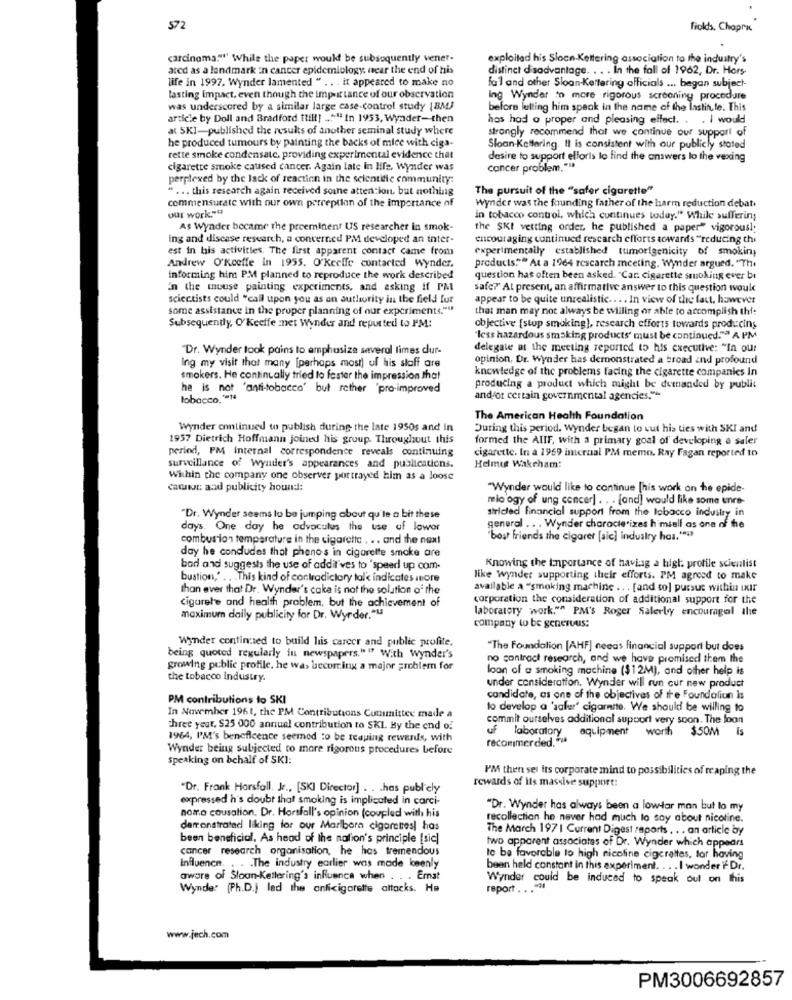
572
Fiolds, Chaprx
carcinoma."" While the paper would be subsequently vener.
exploitad his Slocn-Kettering association to the industry's
ared as a landmark in cancer epidemiology, near the end of his
distinct disadvantage. . . . In the fall of 1962, Dr. Hors-
life in 1997. Wynder lamented " .. . it appeared to make no
fal and other Sloan Kettering officials ... began subject-
lasting Impact, even though the importance of our observation
Ing Wynder to more rigorous screening procedure
was underscored by a similar large case-control study [BM)
before letting him speak in the name of the lastitute. This
article by Doll and Bradford ttill] _"" In 1953, Wyader-then
has had o proper and pleasing effect. . . I would
at SKI-published the results of another seminal study where
strongly recommend that we continue our support of
he produced tumours by painting the backs of mice with cigs.
Sloan Kettering. It is consistent with our publicly stated
rette smoke condensate, providing experimental evidence that
desire to support efforts lo find the answers lo the vexing
cigarette smoke caused cancer. Again late in Hife, Wynder was
cancer problem.""
perplexed by the lack of reaction in the scientific community:
" ... this research again received soune attention, but nothing
The pursuit of the "safer cigarette"
commensurate with our own perception of the importance of
our work.""
Wynder was the founding father of the harm reduction debat.
in tobacco control, which continues today." While suffering
As Wynder became the preeminent US researcher in smok-
the SKI vetting order, he published a paper" vigorousl
ing and disease research, a concerned PM developed an inter-
encouraging continued rescarch efforts towards "reducing thi
est in his activities. The first apparent contact came from
experimentally established tumorigenicity of smokin;
Andrew O'keeffe in 1955. O'keeffe contacted wynder.
products.""" At a 1964 rescarch meeting, Wynder argued. "The
informing him PM planned to reproduce the work described
question has often been asked. "Car. cigarette smoking ever bi
In the mouse painting experiments, and asking if PM
safe?" At present, an affirmative answer to this question would
scientists could "call upon you as on authority in the field fur
appear to be quite unrealistic .... In view of the fact, however
some assistance in the proper planning of our experiments.""
that man may not always be willing or able to accomplish thf:
Subsequently, O'keeffe met Wynder and reported to I'M:
objective [stop smoking], research efforts towards producing
"less hazardous smoking products' must be continued."ª A PM
'Dr. Wynder took pains to emphasize several times dur-
delegate at the meeting reported to his executive: "In our
opinion, Dr. Wynder has demonstrated a broad and profound
Ing my visit that many [perhaps most) uf his staff are
knowledge of the problems facing the cigarette companies In
smokers. He continually tried to foster the impression that
he is not 'anti-tobacco' but rather 'pro-improved
producing a product which might be demanded by public
tobacco.""14
andfor certain governmental agencies."
The American Health Foundation
Wynder continued to publish during the late 1950s and in
During this period. Wynder began to cut his ties with SKI and
1957 Dietrich Hoffmann joined his group. Throughout this
formed the AIIF, with a primary goal of developing a saler
period, PM Internal correspondence reveals continuing
cigarette. In a 1969 internal PM memo. Ray Fagan reported to
surveillance of wynder's appearances and publications.
Helmut Wakeham:
Within the company one observer portrayed him as a loose
camnur: and publicity hound:
"Wynder would like to continue [his work on he epide-
mio ogy of ung concer] . . . [and] would like some unre-
stricted financial support from the tobacco industry in
"Dr. Wynder seems to be jumping about qu'le a bit these
days. One day he advoculus the use of lowor
general .. . Wynder characterizes h miall as one of the
combustion temperature in the cigarette . . . and the next
"bost friends the cigaret [sic] industry has.""
day he condudes that pheno's in cigarette smoke are
bad and suggests the use of addil'ves to 'speed up com.
Knowing the Importance of having a high profile scientist
bustion," .. . This kind of contradictory talk indicates more
like wynder supporting their efforts. PM agreed to make
than ever that Dr. Wynder's cake is not the solution o' the
available a "smoking machine .. . [and co] pursue within ixir
cigaret'e and health problem, but the achievement of
corporation the consideration of additional support for the
laboratory work."" PM's Roger Salerby encouragal the
maximum daily publicity for Dr. Wyrder."US
company to be generuus:
Wynder continused to build his career and public profite,
being quoted regularly in newspapers." " With wynder's
"The Foundation [AHF] needs financial support but does
no contract research, and we have promised them the
growing public profile, he was becoming a major problem for
loon of a smoking machine ($12M), and other help is
the tobacco industry.
under consideration. Wynder will run cur new product
PM contributions to SKI
candidate, as one of the objectives of the Foundaliun is
to develop a 'saler' cigarmite. We should be willing to
In November 196t, the PM Contributions Cununittee made a
commit ourselves additional support very soon. The loan
three year, $25 000 annual contribution to SKI Hy the end of
1964, I'M's beneficence seemed to be reaping rewards, with
recommended .*
uf laboratory equipment worth $50M Is
Wynder being subjected to more rigorous procedures before
speaking on bchalf of SKI:
PM then sei its corporate mind to possibilities of reaping the
rewards of its massive support:
Dr. Frank Horsfall, Jr ., [SKI Director] .. . has publicly
expressed h's doubt that smoking is implicated in carci-
"Dr. Wynder has always been a low-lar man but lo my
noma causation. Dr. Horsfall's opinion (coupled with his
recollection he never had much lo say about nicotine.
derronstrated liking for our Marlboro cigarettes| has
The March 197 1 Current Digest raports . . . an article by
been beneficial. As head of the nation's principle [sic]
two apparent associates of Dr. Wynder which appears
cancer research organisation, he has tremendous
to be favorable to high nicoline cigarettes, tar having
Influence. . . . The industry earlier was made keenly
been held constant in this experiment. . . . I wonder IF Dr.
aware of Sloan-Kettering's influance when . . . Ernat
Wynder could be induced to speak out on this
Wynde" (Ph.D.) lad the anficigarette attacks. Ha
report ... "
www.jech.com
PM3006692857